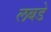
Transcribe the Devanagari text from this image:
लबडे